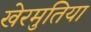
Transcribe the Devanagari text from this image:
खेरमुतिया